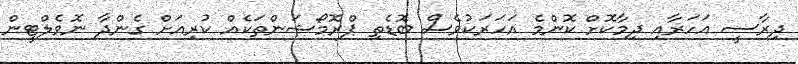
ދިރާސީ އަހަރާއި ދިމާކޮށް ކޮންމެ އަހަރަކުވެސް ބޮޑެތި ޕްރޮމޯޝަންތަކެއް ކުރިއަށް ގެންދާ ނޮވެލްޓީން